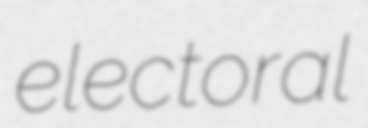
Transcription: electoral